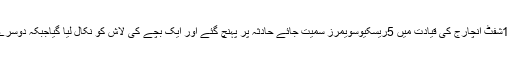
ریسکیو1122کی ایمبولینس 1شفٹ انچارج کی قیادت میں 5ریسکیوسویمرز سمیت جائے حادثہ پر پہنچ گئے اور ایک بچے کی لاش کو نکال لیا گیاجبکہ دوسرے بچے کی تلاش جاری ہے۔